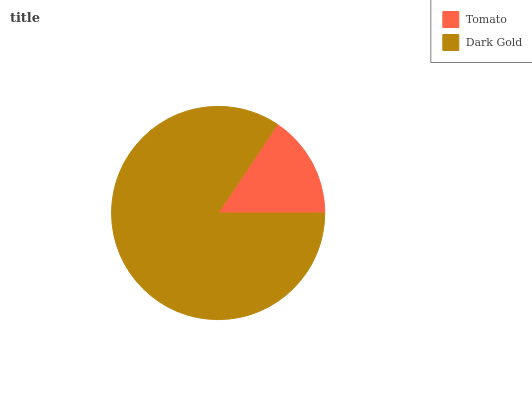
| Tomato | Dark Gold |
 | --- | --- |
 | 15.6% | 84.4% |